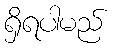
ရှိရပါမည်